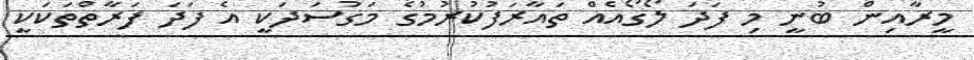
މީރާއިން ބުނީ މި ފަދަ ލޯގޯއެއް ތައާރަފުކުރުމުގެ މަގުސަދަކީ އެ ފަދަ ފަރާތްތަކަކީ